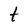
Character: t